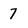
Character: 7